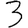
Digit: 3